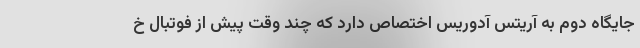
جایگاه دوم به آریتس آدوریس اختصاص دارد که چند وقت پیش از فوتبال خ